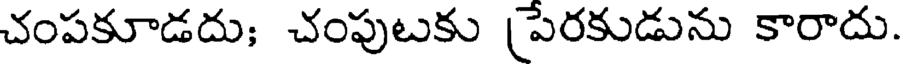
చంపకూడదు; చంపుటకు పేరకుడును కారాదు.